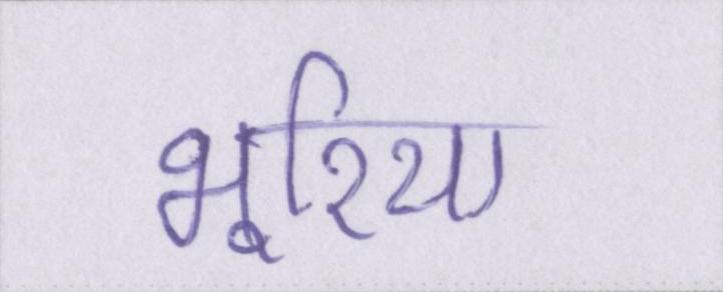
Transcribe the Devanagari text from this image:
भूरिया